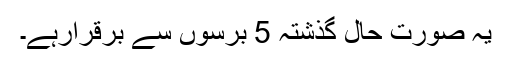
یہ صورت حال گذشتہ 5 برسوں سے برقرارہے۔